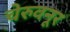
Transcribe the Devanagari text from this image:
चेरुवनूर